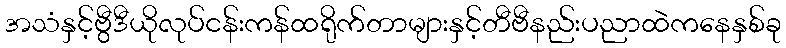
အသံနှင့်ဗွီဒီယိုလုပ်ငန်းကန်ထရိုက်တာများနှင့်တီဗီနည်းပညာထဲကနေနှစ်ခု